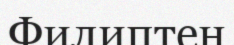
Филиптен